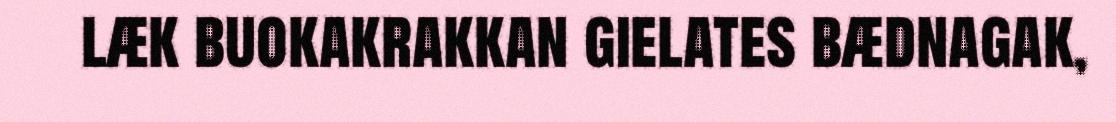
læk buokakrakkan gielates bædnagak,